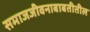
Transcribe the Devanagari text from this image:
समाजजीवनाबाबतीतील